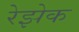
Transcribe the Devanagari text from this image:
रेझेक